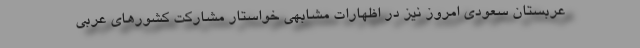
عربستان سعودی امروز نیز در اظهارات مشابهی خواستار مشارکت کشورهای عربی